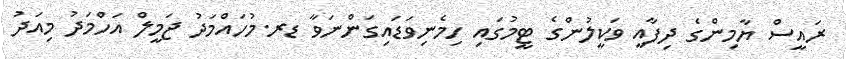
ރައީސް ޔާމިންގެ ދިފާއީ ވަކީލުންގެ ޓީމުގައި ހިމެނިވަޑައިގަންނަވާ ޑރ.މުހައްމަދު ޖަމީލް އަހްމަދު މިއަދު